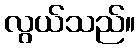
လွယ်သည်။